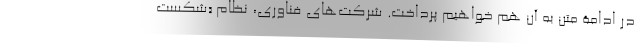
در ادامۀ متن به آن هم خواهیم پرداخت. شرکت‌های فناوری، نظام «شکستِ